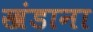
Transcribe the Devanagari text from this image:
खंडाना